Leaving Certificate Examination, 1918
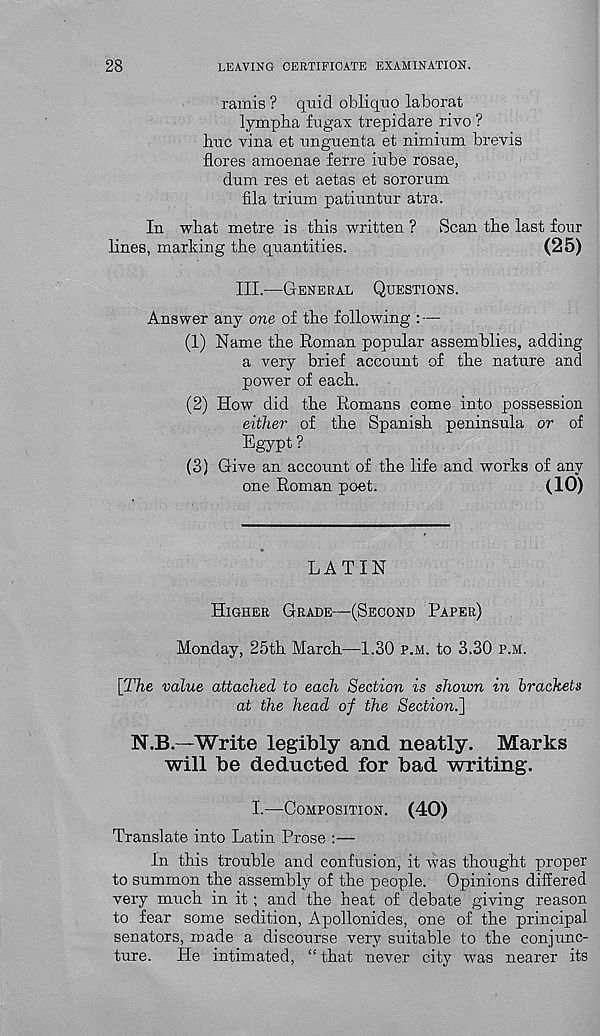
28
LEAVING CERTIFICATE EXAMINATION.
ramis ? quid obliquo laborat
lympba fugax trepidare rivo ?
hue vina et unguenta et nirnium brevis
Acres amoenae ferre iube rosae,
dum res et aetas et sororum
fila trium patiuntur atra.
In what metre is this written ? Scan the last four
lines, marking the quantities.
(25)
III.—GENERAL QUESTIONS.
Answer any one of the following : —
(1) Name the Roman popular assemblies, adding
a very brief account of the nature and
power of each.
(2) How did the Romans come into possession
either of the Spanish peninsula or of
Egypt ?
(3) Give an account of the life and works of any
one Roman poet.
(10)
LATIN
HIGHER GRADE—(SECOND PAPER)
Monday, 25th March—1.30 P.M. to 3.30 P.M.
[The value attached to each Section is shown in brackets
at the head of the Section.']
N.B.—Write legibly and neatly. Marks
will be deducted for bad writing.
I.—COMPOSITION.
(40)
Translate into Latin Prose :—
In this trouble and confusion, it was thought proper
to summon the assembly of the people. Opinions differed
very much in it ; and the heat of debate giving reason
to fear some sedition, Apollonides, one of the principal
senators, made a discourse very suitable to the conjunc-
ture. He intimated, “ that never city was nearer its